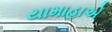
યામાહાએ